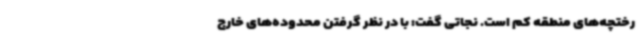
رختچه‌های منطقه کم است. نجاتی گفت: با در نظر گرفتن محدوده‌های خارج